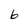
Character: 6